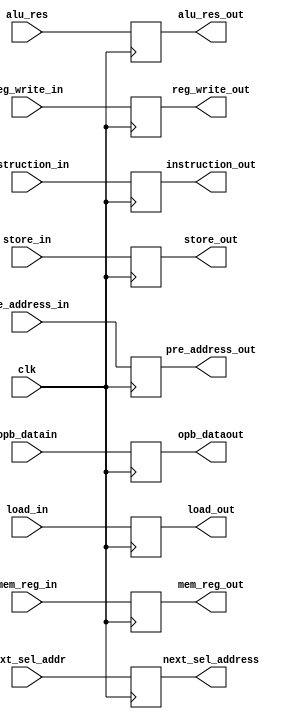
module execute_pipe(
  input wire clk,
  input wire load_in,
  input wire store_in,
  input wire reg_write_in,
  input wire [31:0] opb_datain,
  input wire [31:0] alu_res,
  input wire [1:0] mem_reg_in,
  input wire [31:0] next_sel_addr,
  input wire [31:0] pre_address_in,
  input wire [31:0] instruction_in,

  output wire reg_write_out,
  output wire load_out,
  output wire store_out,
  output wire [31:0] opb_dataout,
  output wire [31:0] alu_res_out,
  output wire [1:0] mem_reg_out,
  output wire [31:0] next_sel_address,
  output wire [31:0] pre_address_out,
  output wire [31:0] instruction_out
  );

  reg load , store , reg_write;
  reg [1:0] mem_reg;
  reg [31:0] alu_result , nextsel_addr;
  reg [31:0] pre_address , instruction , opb_data;

  always @ (posedge clk) begin
    load <= load_in;
    store <= store_in;
    mem_reg <= mem_reg_in;
    opb_data <= opb_datain;
    pre_address <= pre_address_in;
    instruction <= instruction_in;
    alu_result <= alu_res;
    nextsel_addr <= next_sel_addr;
    reg_write <= reg_write_in;
  end

  assign reg_write_out = reg_write;
  assign load_out = load;
  assign store_out = store;
  assign mem_reg_out = mem_reg;
  assign opb_dataout = opb_data;
  assign alu_res_out = alu_result;
  assign pre_address_out = pre_address;
  assign instruction_out = instruction;
  assign next_sel_address = nextsel_addr;
endmodule